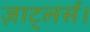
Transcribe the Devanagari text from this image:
ज़ाट्लर्स।